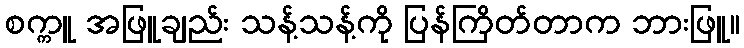
စက္ကူ အဖြူချည်း သန့်သန့်ကို ပြန်ကြိတ်တာက ဘားဖြူ။